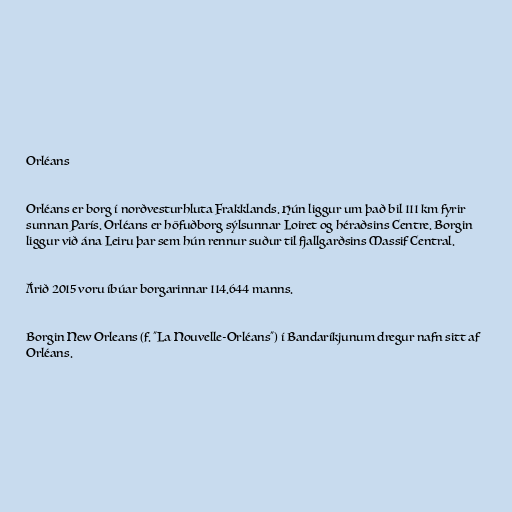
Orléans

Orléans er borg í norðvesturhluta Frakklands. Hún liggur um það bil 111 km fyrir
sunnan París. Orléans er höfuðborg sýlsunnar Loiret og héraðsins Centre. Borgin
liggur við ána Leiru þar sem hún rennur suður til fjallgarðsins Massif Central.

Árið 2015 voru íbúar borgarinnar 114.644 manns.

Borgin New Orleans (f. "La Nouvelle-Orléans") í Bandaríkjunum dregur nafn sitt af
Orléans.